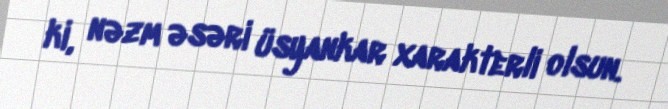
ki, nəzm əsəri üsyankar xarakterli olsun.